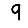
Digit: 9